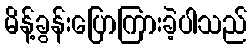
မိန့်ခွန်းပြောကြားခဲ့ပါသည်